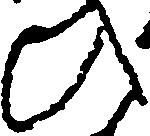
ひ